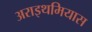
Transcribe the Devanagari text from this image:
अराइथमियास